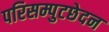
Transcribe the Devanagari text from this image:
परिसम्पुटछेदन